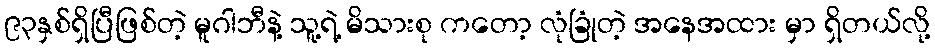
၉၃နှစ်ရှိပြီဖြစ်တဲ့ မူဂါဘီနဲ့ သူ့ရဲ့ မိသားစု ကတော့ လုံခြုံတဲ့ အနေအထား မှာ ရှိတယ်လို့